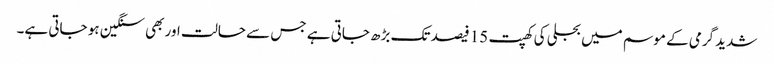
شدید گرمی کے موسم میں بجلی کی کھپت 15 فیصد تک بڑھ جاتی ہے جس سے حالت اور بھی سنگین ہو جاتی ہے۔